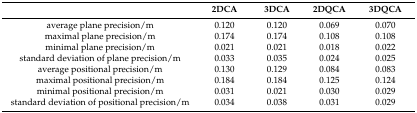
|  | 2DCA | 3DCA | 2DQCA | 3DQCA |
 | --- | --- | --- | --- | --- |
 | average plane precision/m | 0.120 | 0.120 | 0.069 | 0.070 |
 | maximal plane precision/m | 0.174 | 0.174 | 0.108 | 0.108 |
 | minimal plane precision/m | 0.021 | 0.021 | 0.018 | 0.022 |
 | standard deviation of plane precision/m | 0.033 | 0.035 | 0.024 | 0.025 |
 | average positional precision/m | 0.130 | 0.129 | 0.084 | 0.083 |
 | maximal positional precision/m | 0.184 | 0.184 | 0.125 | 0.124 |
 | minimal positional precision/m | 0.031 | 0.021 | 0.030 | 0.029 |
 | standard deviation of positional precision/m | 0.034 | 0.038 | 0.031 | 0.029 |